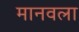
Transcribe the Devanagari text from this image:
मानवला